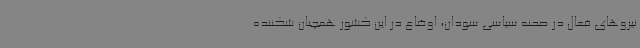
نیروهای فعال در صحنه سیاسی سودان، اوضاع در این کشور همچنان شکننده